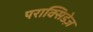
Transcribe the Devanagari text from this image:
पराक्सिडेज़